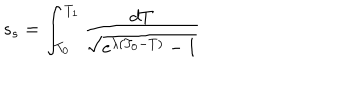
LaTeX: s _ { s } = \int _ { T _ { 0 } } ^ { T _ { 1 } } \frac { d T } { \sqrt { e ^ { \lambda ( T _ { 0 } - T ) } - 1 } }